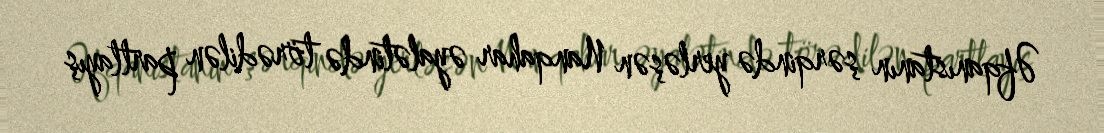
Əfqanıstanın şərqində yerləşən Nanqahar əyalətində törədilən partlayış